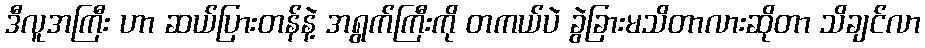
ဒီလူအကြီး ဟာ ဆယ်ပြားတန်နဲ့ အရွက်ကြီးကို တကယ်ပဲ ခွဲခြားမသိတာလားဆိုတာ သိချင်လာ